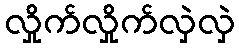
လှိုက်လှိုက်လှဲလှဲ